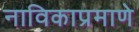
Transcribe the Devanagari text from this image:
नाविकाप्रमाणे